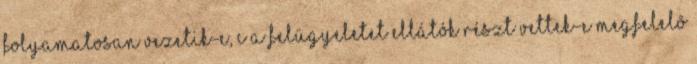
folyamatosan vezetik-e, c a felügyeletet ellátók részt vettek-e megfelelõ